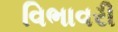
વિભાવરી